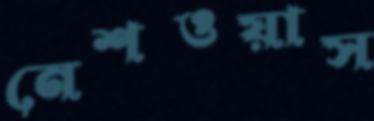
নেশওয়াস